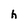
Character: h